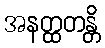
အနတ္ထတန္တိ